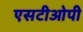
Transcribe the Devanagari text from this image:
एसटीओपी